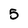
Character: 5